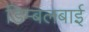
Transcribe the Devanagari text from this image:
डिम्बलबाई